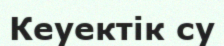
Кеуектік су